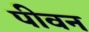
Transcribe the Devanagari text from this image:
पीवन